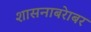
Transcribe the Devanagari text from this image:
शासनाबरेाबर